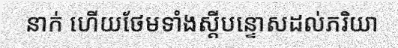
នាក់ ហើយថែមទាំងស្តីបន្ទោសដល់ភរិយា